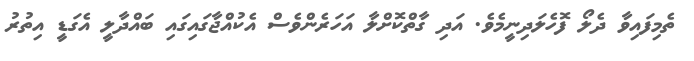
ތެމިފައިވާ ދެލޯ ފޮހެލަދިނީމެވެ. އަދި ގާތްކޮށްލާ އަހަރެންވެސް އެކުއްޖާގައިގައި ބައްދާލީ އެގަޑީ އިތުރު